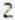
2